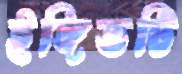
ইঙ্গিতটি